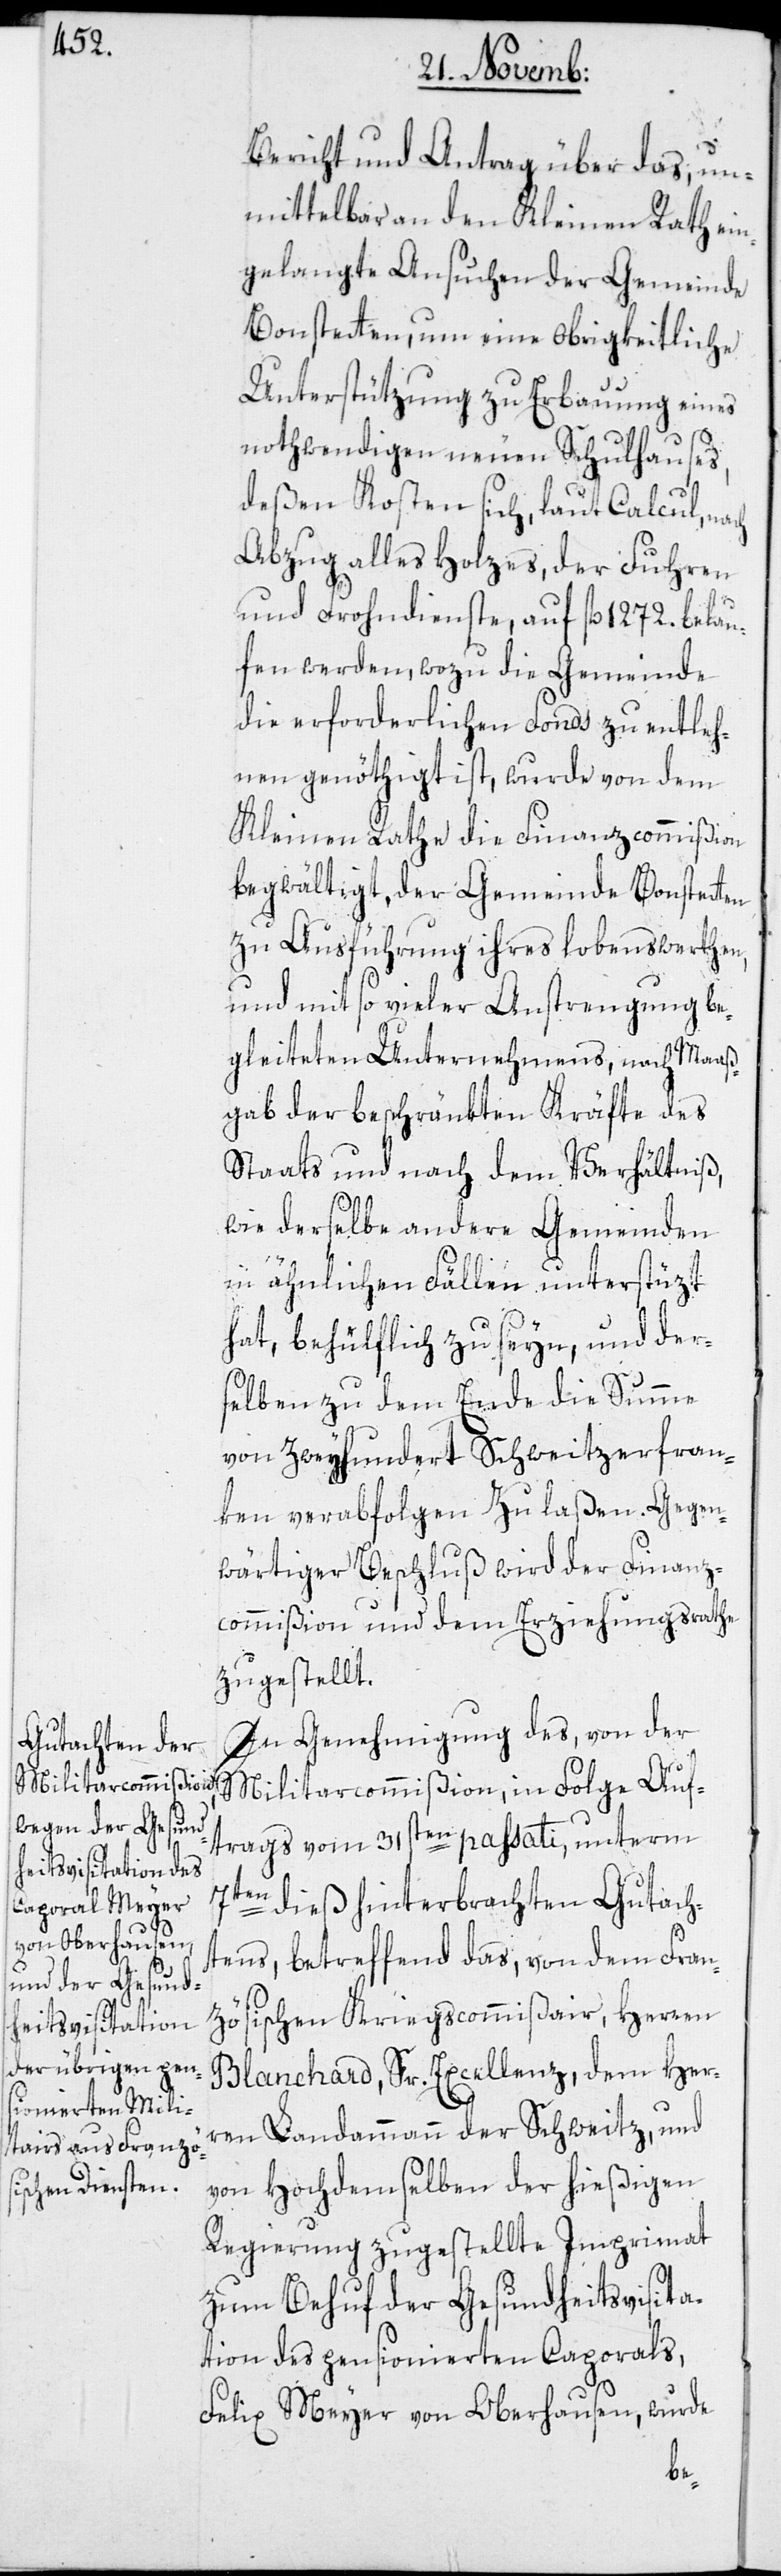
Bericht und Antrag über das, un¬
mittelbar an den Kleinen Rath ein¬
gelangte Ansuchen der Gemeinde
Bonstetten, um eine Obrigkeitliche
Unterstützung zu Erbauung eines
nothwendigen neuen Schulhauses,
deßen Kosten sich, laut Calcul, nach
Abzug alles Holzes, der Fuhren
und Frohndienste, auf fl. 1272. belau¬
fen werden, wozu die Gemeinde
die erforderlichen Fonds zu entleh¬
nen genöthigt ist, wurde von dem
Kleinen Rathe die Finanzcommißion
begwältigt, der Gemeinde Bonstetten
zu Ausführung ihres lobenswerthen,
und mit so vieler Anstrengung be¬
gleiteten Unternehmens, nach Maaß¬
gab der beschränkten Kräfte des
Staats und nach dem Verhältniß,
wie derselbe andere Gemeinden
in ähnlichen Fällen unterstüzt
hat, behülflich zu seyn, und der¬
selben zu dem Ende die Summe
von zweyhundert Schweitzerfran¬
ken verabfolgen zu laßen. Gegen¬
wärtiger Beschluß wird der Finanz¬
commißion und dem Erziehungsrathe
zugestellt.
In Genehmigung des, von der
Militarcommißion, in Folge Auf¬
trags vom 31sten passati, unterm
7ten dieß hinterbrachten Gutach¬
tens, betreffend das, von dem Fran¬
zösischen Kriegscommißair, Herren
Blanchard, Sr. Excellenz, dem Her¬
ren Landammann der Schweitz, und
von Hochdemselben der hießigen
Regierung zugestellte Imprimat
zum Behuf der Gesundheitsvisita¬
tion des pensionierten Caporals,
Felix Meyer von Oberhausen, wurde